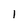
Character: 1